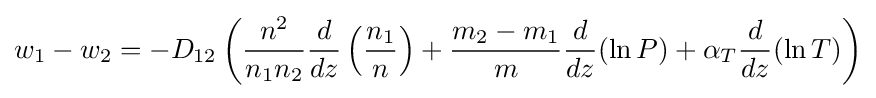
w_{1}-w_{2}=-D_{12}\left({\frac {n^{2}}{n_{1}n_{2}}}{\frac {d}{dz}}\left({\frac {n_{1}}{n}}\right)+{\frac {m_{2}-m_{1}}{m}}{\frac {d}{dz}}(\ln {P})+\alpha _{T}{\frac {d}{dz}}(\ln {T})\right)